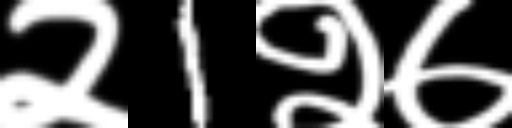
Text: २1२७